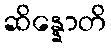
ဆိန္နောတိ